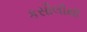
કસૌલીથી